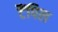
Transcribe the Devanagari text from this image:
टैंपिल